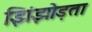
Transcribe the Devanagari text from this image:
झिंझोड़ता